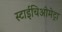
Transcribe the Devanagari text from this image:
स्टाईचिओमेट्रा